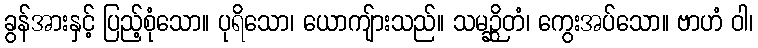
ခွန်အားနှင့် ပြည့်စုံသော။ ပုရိသော၊ ယောကျ်ားသည်။ သမဉ္ဆိတံ၊ ကွေးအပ်သော။ ဗာဟံ ဝါ၊